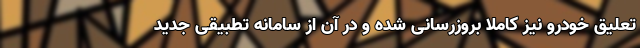
تعلیق خودرو نیز کاملا بروزرسانی شده و در آن از سامانه تطبیقی جدید